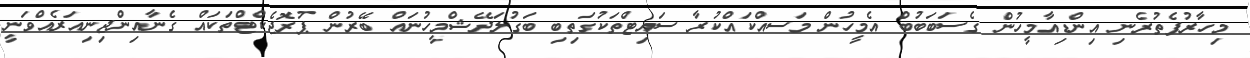
މިހާރުފެތުރެނި އިންޑިއާމީހުން ގެސަބަބުބް އެމީހުން މަސއްކައްކުރާ ސައިޓްތަކުގަތިބި ބަގުލަދޭޝްމީހުނައް ބޭރުން ޕުރޮޖެކްޓްތަކައް ގެނާއިންޖިނިއަރެއްވަނީ